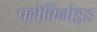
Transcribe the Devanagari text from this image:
फ्लेविनोइड